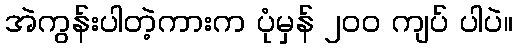
အဲကွန်းပါတဲ့ကားက ပုံမှန် ၂၀၀ ကျပ် ပါပဲ။